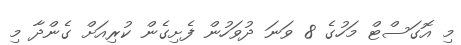
މި އޮގަސްޓް މަހުގެ 8 ވަނަ ދުވަހުން ފެށިގެން ކުރިއަށް ގެންދާ މި